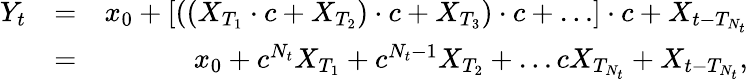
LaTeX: \begin{array}{rlr}{Y_{t}}&{=}&{x_{0}+\left[\left(\left(X_{T_{1}}\cdot c+X_{T_{2}}\right)\cdot c+X_{T_{3}}\right)\cdot c+\dots\right]\cdot c+X_{t-T_{N_{t}}}}\\ &{=}&{x_{0}+c^{N_{t}}X_{T_{1}}+c^{N_{t}-1}X_{T_{2}}+\dots cX_{T_{N_{t}}}+X_{t-T_{N_{t}}},}\end{array}